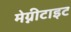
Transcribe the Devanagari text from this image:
मेग्नीटाइट